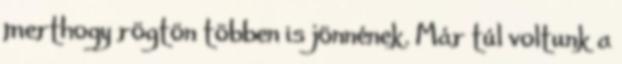
merthogy rögtön többen is jönnének. Már túl voltunk a